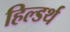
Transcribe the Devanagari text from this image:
हिल्डर्थ